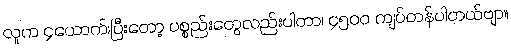
လူက ၄ယောက်၊ပြီးတော့ ပစ္စည်းတွေလည်းပါတာ၊ ၄၅၀၀ ကျပ်တန်ပါတယ်ဗျာ။